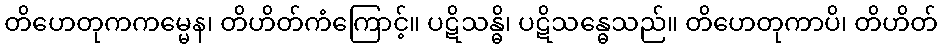
တိဟေတုကကမ္မေန၊ တိဟိတ်ကံကြောင့်။ ပဋိသန္ဓိ၊ ပဋိသန္ဓေသည်။ တိဟေတုကာပိ၊ တိဟိတ်